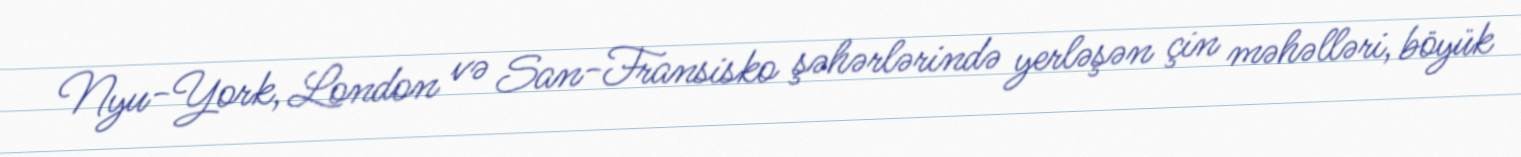
Nyu-York, London və San-Fransisko şəhərlərində yerləşən çin məhəlləri, böyük